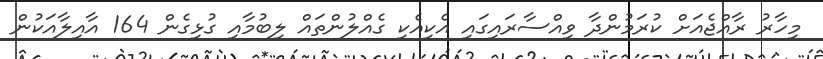
މިހާރު ރާއްޖެއަށް ކުރަމުންދާ ވިއްސާރައިގައި އެކިއެކި ގެއްލުންތައް ލިބުމާއި ގުޅިގެން 164 އާއިލާއަކުން